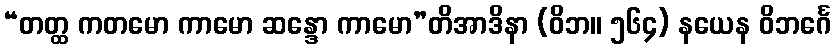
“တတ္ထ ကတမော ကာမော ဆန္ဒော ကာမော”တိအာဒိနာ (ဝိဘ။ ၅၆၄) နယေန ဝိဘင်္ဂေ